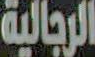
الرجالية